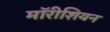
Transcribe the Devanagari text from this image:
मॉरीशियन